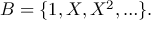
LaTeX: B = \{ 1 , X , X ^ { 2 } , \ldots \} .